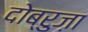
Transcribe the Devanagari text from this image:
दोब्रुज़ा